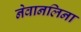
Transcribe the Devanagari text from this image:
नेवानलिना